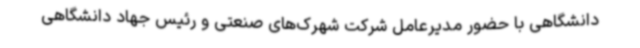
دانشگاهی با حضور مدیرعامل شرکت شهرک‌های صنعتی و رئیس جهاد دانشگاهی